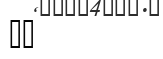
٣٥